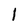
Character: 1